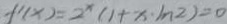
f ^ { \prime } ( x ) = 2 ^ { x } ( 1 + x \cdot I n ^ { 2 } ) = 0